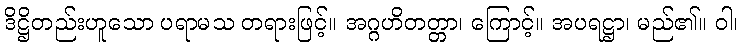
ဒိဋ္ဌိတည်းဟူသော ပရာမသ တရားဖြင့်။ အဂ္ဂဟိတတ္တာ၊ ကြောင့်။ အပရဋ္ဌာ၊ မည်၏။ ဝါ၊